Civil Veterinary Department Bihar & Orissa reports 1911-21 - 1911-1921
Year: 1911
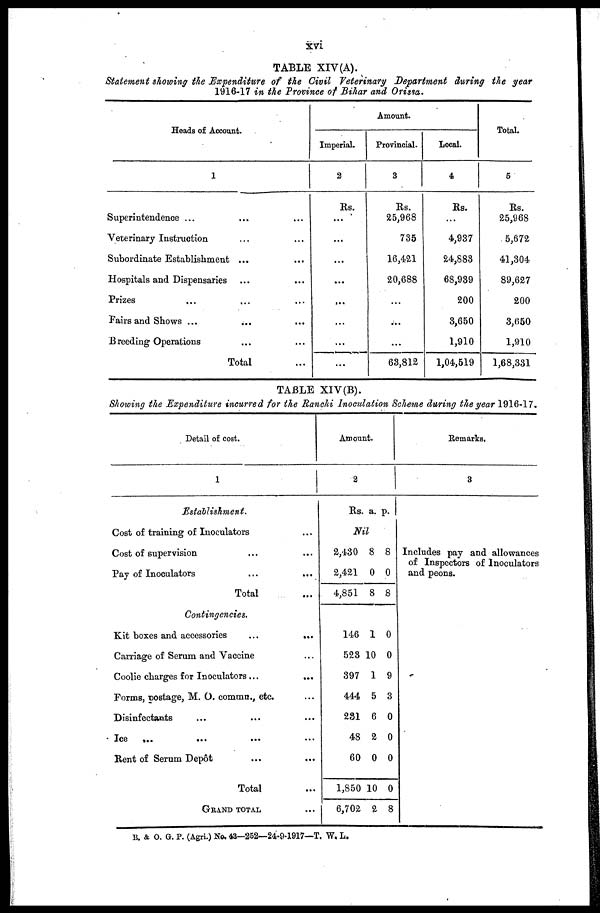
XVI
TABLE XIV(A).
Statement showing the Expenditure of the Civil Veterinary Department during the year
1916-17 in the Province of Bihar and Orissa.
Heads of Account.
1
Superintendence ... ...
Veterinary Instruction ... ...
Subordinate Establishment ...
Hospitals and Dispensaries ... ...
Prizes ... ... ...
Fairs and Shows ... ... ...
Breeding Operations ... ...
Total ...
Imperial.
2
Rs.
...
...
...
...
...
...
...
...
Amount.
Provincial.
3
Rs.
25,968
735
16,421
20,688
...
...
...
63,812
Local.
4
Rs.
...
4,937
24,883
68,939
200
3,650
1,910
1,04,519
Total.
5
Rs.
25,968
5,672
41,304
89,627
200
3,650
1,910
1,68,331
TABLE XIV(B).
Showing the Expenditure incurred for the Ranchi Inoculation Scheme during the year 1916-17.
Detail of cost.
Establishment.
Cost of training of Inoculators ...
Cost of supervision ... ...
Pay of Inoculators ... ...
Total ...
Contingencies.
Kit boxes and accessories
...
...
Carriage of Serum and Vaccine
Coolie charges for Inoculators ...
...
Forms, postage, M. O. commn., etc. ...
Disinfectants ... ... ...
Ice ... ... ...
Rent of Serum Depot ... ...
Total ...
GRAND TOTAL ...
Amount.
2
Rs. a. p.
Nil
2,430 8 8
2,421 0 0
4,851 8 8
146 1 0
523 10 0
397 1 9
444 5 3
231 6 0
48 2 0
60 0 0
1,850 10 0
6,702 2 8
Remarks.
3
Includes pay and allowances
of Inspectors of Inoculators
and peons.
B. & O. G. P. (Agri.) No. 43—252—24-0-1917—T. W. L.